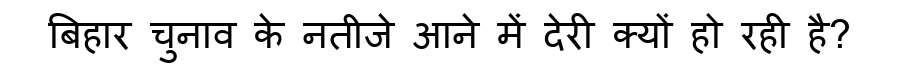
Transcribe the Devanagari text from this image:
बिहार चुनाव के नतीजे आने में देरी क्यों हो रही है?